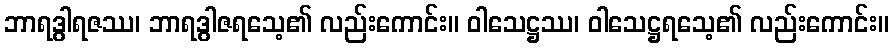
ဘာရဒွါရဇဿ၊ ဘာရဒွါဇရသေ့၏ လည်းကောင်း။ ဝါသေဋ္ဌဿ၊ ဝါသေဋ္ဌရသေ့၏ လည်းကောင်း။